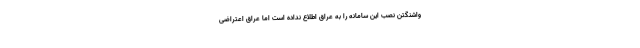
واشنگتن نصب این سامانه را به عراق اطلاع نداده است اما عراق اعتراضی